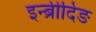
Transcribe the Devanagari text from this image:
इन्ब्रीदिङ